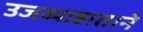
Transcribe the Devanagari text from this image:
उजव्याहाताने